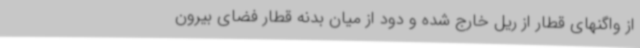
از واگنهای قطار از ریل خارج شده و دود از میان بدنه قطار فضای بیرون